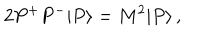
2 P ^ { + } P ^ { - } | P \rangle = M ^ { 2 } | P \rangle \, ,